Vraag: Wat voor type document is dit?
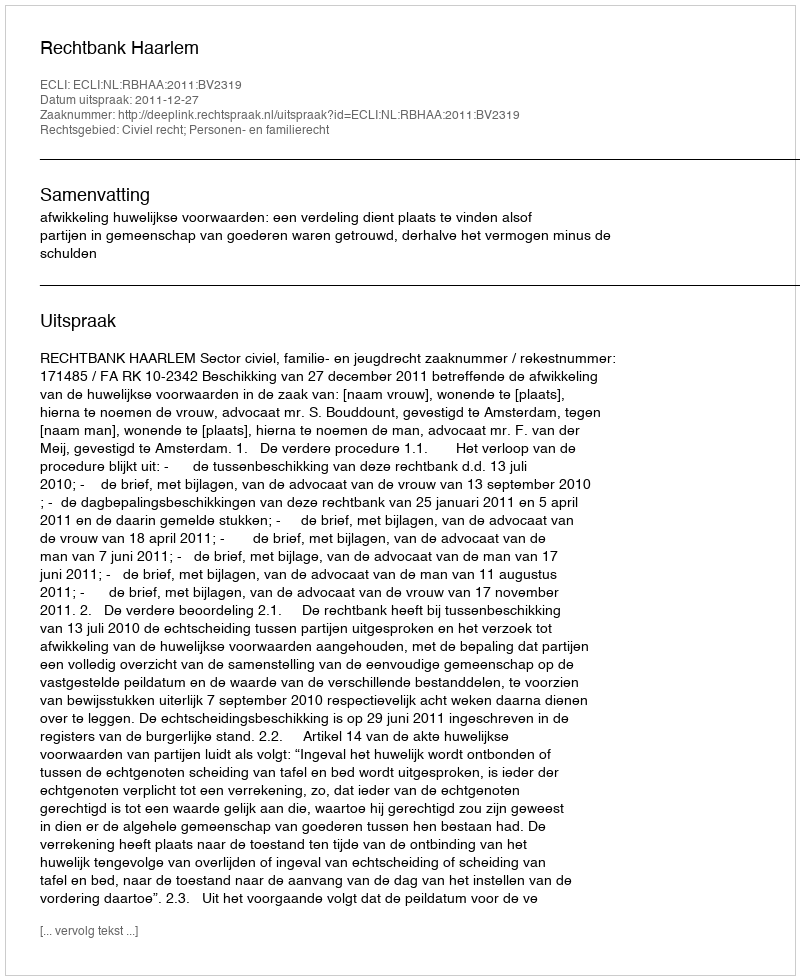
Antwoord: Uitspraak